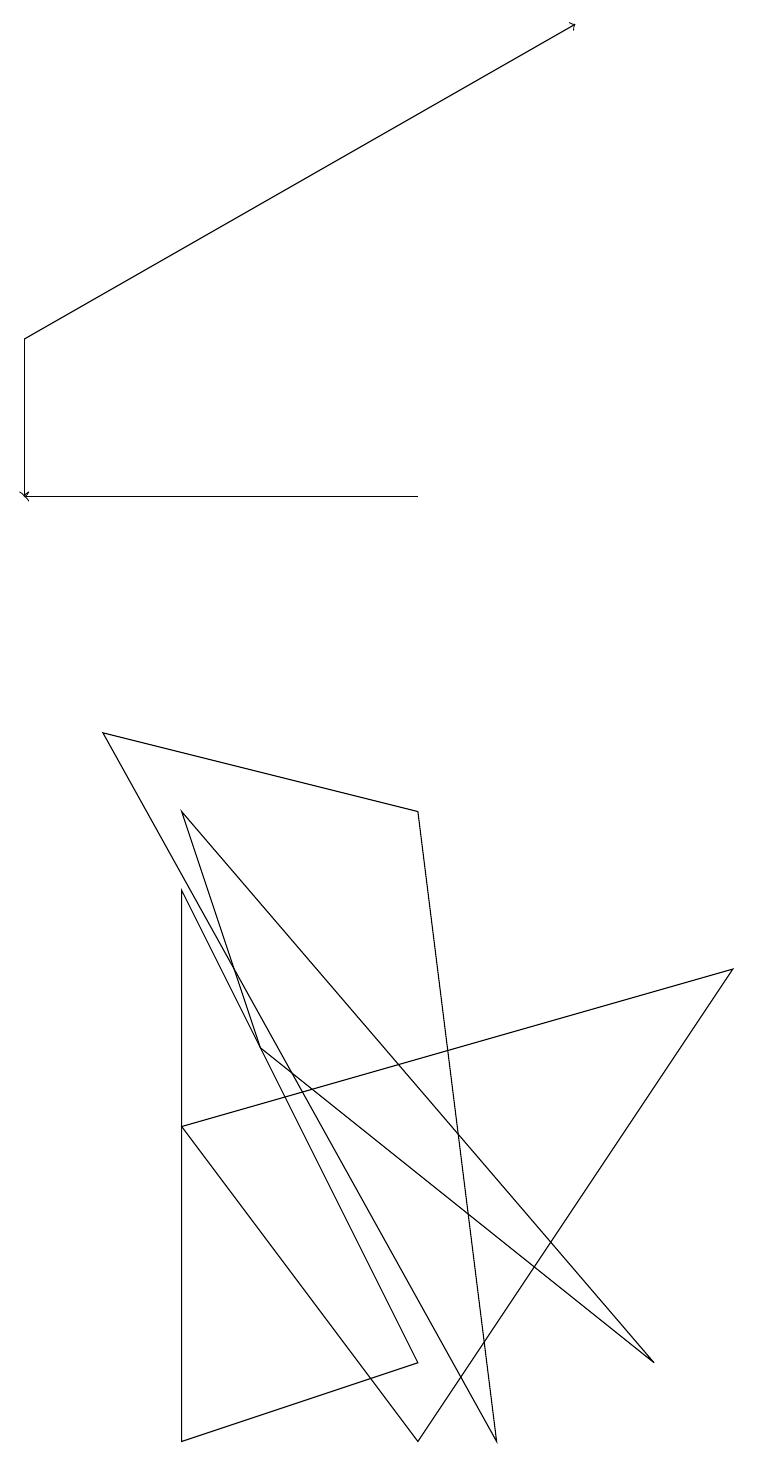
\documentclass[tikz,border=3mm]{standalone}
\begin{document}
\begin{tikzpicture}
\draw[->] (0,14) -- (0,12);
\draw[->] (5,12) -- (0,12);
\draw (5,8) -- (6,0) -- (1,9) -- cycle;
\draw[->] (0,14) -- (7,18);
\draw (3,5) -- (2,8) -- (8,1) -- cycle;
\draw (2,7) -- (2,0) -- (5,1) -- cycle;
\draw (9,6) -- (2,4) -- (5,0) -- cycle;
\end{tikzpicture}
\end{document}